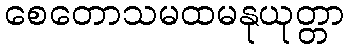
စေတောသမထမနုယုတ္တာ